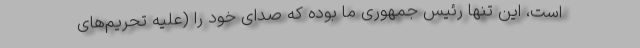
است، این تنها رئیس جمهوری ما بوده که صدای خود را (علیه تحریم‌های